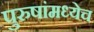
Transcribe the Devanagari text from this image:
पुरुषांमध्येच